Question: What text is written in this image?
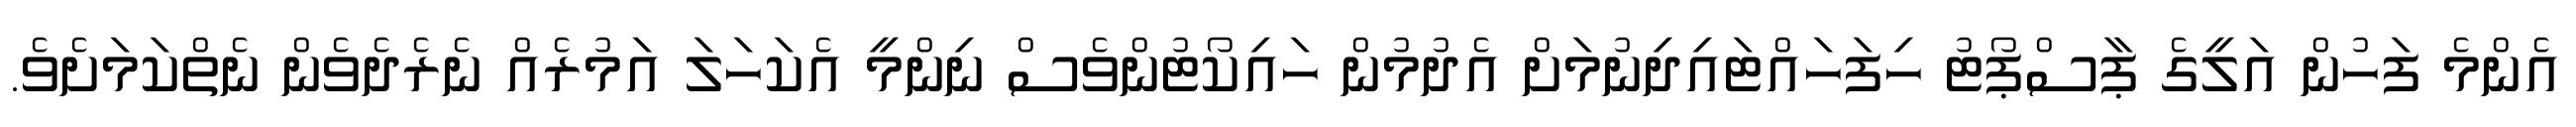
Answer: އެންމެ ފަހުން އަލީގެ ޕާސްޕޯޓު ހިފަހައްޓައިދިނުމަށް އެދުމުން ހައިކޯޓުންވެސް ނިންމީ އެކަހަލަ އަމުރެއް ނެރެދެވެން ނެތްކަމަށެވެ.